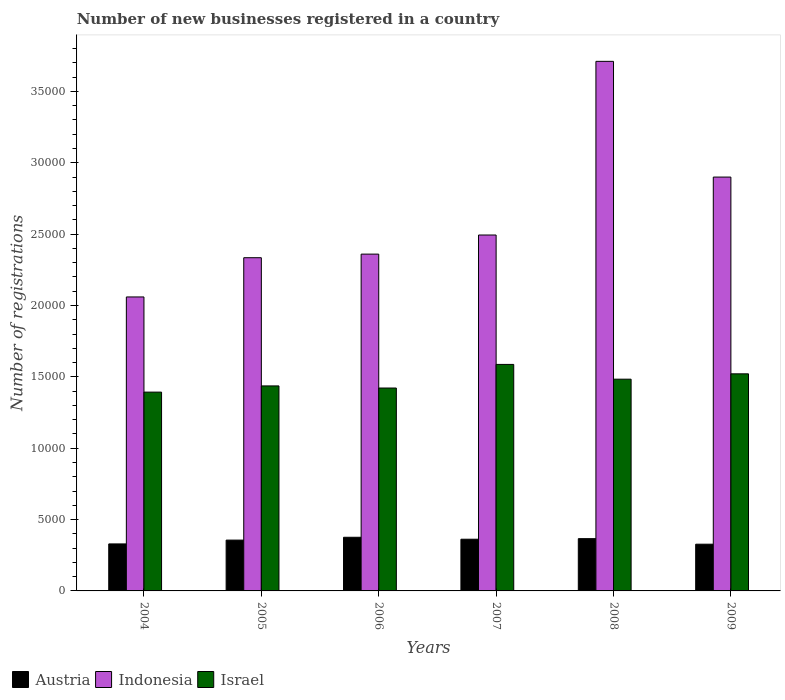
| Years | Austria | Indonesia | Israel |
 | --- | --- | --- | --- |
 | 2004 | 3.29e+03 | 2.06e+04 | 1.39e+04 |
 | 2005 | 3.56e+03 | 2.33e+04 | 1.44e+04 |
 | 2006 | 3.76e+03 | 2.36e+04 | 1.42e+04 |
 | 2007 | 3.62e+03 | 2.49e+04 | 1.59e+04 |
 | 2008 | 3.66e+03 | 3.71e+04 | 1.48e+04 |
 | 2009 | 3.27e+03 | 2.9e+04 | 1.52e+04 |